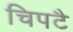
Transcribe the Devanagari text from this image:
चिपटै